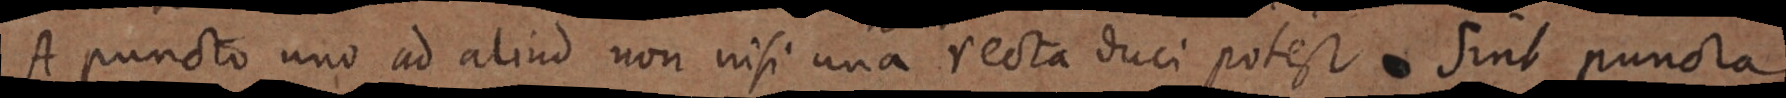
A puncto uno ad aliud non nisi una recta duci potest Sint puncta